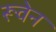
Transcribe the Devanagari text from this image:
रूवेन